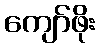
ကျော်ဖိုး